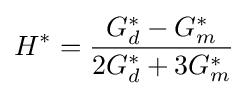
H^{*}={\frac {G_{d}^{*}-G_{m}^{*}}{2G_{d}^{*}+3G_{m}^{*}}}